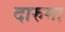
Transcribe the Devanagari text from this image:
दारुमा